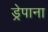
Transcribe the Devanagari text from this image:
ड्रेपाना